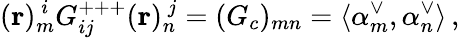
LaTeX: ({\mathbf r})_{m}^{~i}G_{ij}^{+++}({\mathbf r})_{n}^{~j}=(G_{c})_{mn}=\langle\alpha_{m}^{\vee},\alpha_{n}^{\vee}\rangle\, ,